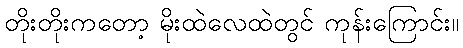
တိုးတိုးကတော့ မိုးထဲလေထဲတွင် ကုန်းကြောင်း။